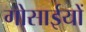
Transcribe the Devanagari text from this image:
गोसाईयों